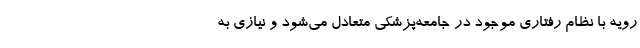
رویه با نظام رفتاری موجود در جامعه‌پزشکی متعادل می‌شود و نیازی به